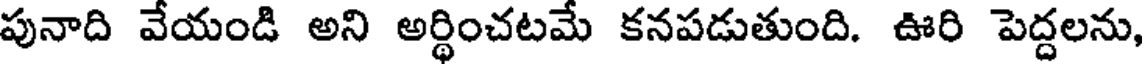
పునాది వేయండి అని అర్థించటమే కనపడుతుంది. ఊరి పెద్దలను,